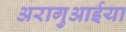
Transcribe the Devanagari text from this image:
अरागुआईया